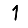
Digit: 1